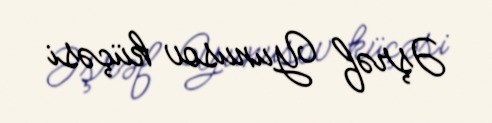
Əşrəf Yunusov küçəsi